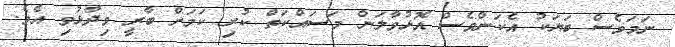
ނަމަވެސް ބަޔަކު އެކަންވެސް އޮޅުވާލަން މަސައްކަތް ކުރި ކަމަށް ބާރީ ވިދާޅުވި އެވެ.